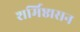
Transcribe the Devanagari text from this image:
शर्मिष्ठासन